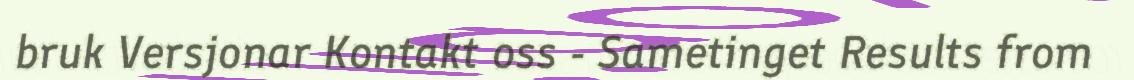
bruk Versjonar Kontakt oss - Sametinget Results from